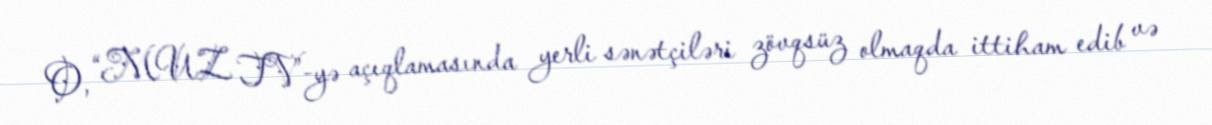
O, “MUZ TV”-yə açıqlamasında yerli sənətçiləri zövqsüz olmaqda ittiham edib və